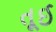
તૂઈ